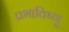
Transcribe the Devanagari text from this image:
प्रभाविष्णु